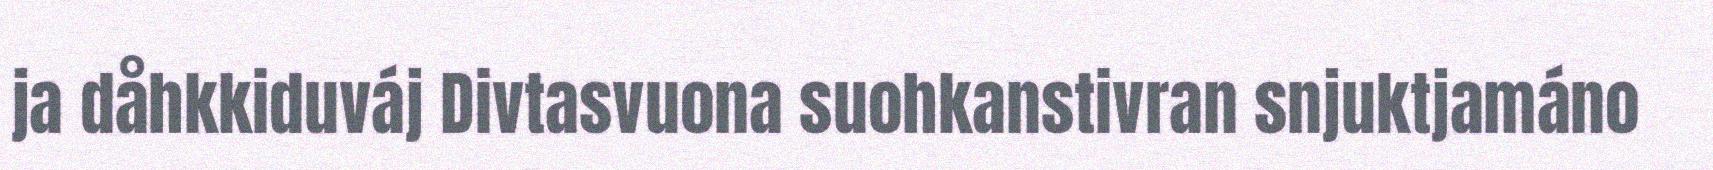
ja dåhkkiduváj Divtasvuona suohkanstivran snjuktjamáno